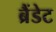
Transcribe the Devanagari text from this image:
ब्रैंडेट